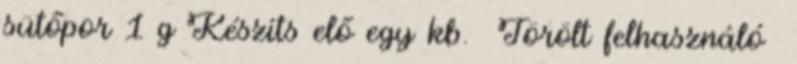
sütőpor 1 g Készíts elő egy kb. Törölt felhasználó